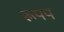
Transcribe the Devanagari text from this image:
रूपप